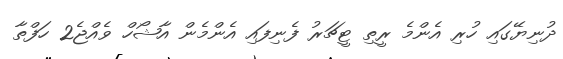
ދުނިޔޭގައި ހުރި އެންމެ ރީތި ޓީޗަރު ފެނިފައި އެންމެން އާޝޯހް ވެއްޖެ2 ހަފްތާ